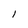
Character: 1